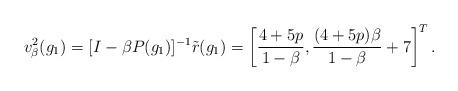
LaTeX: \begin{align*} v_\beta^2(g_1)=[I-\beta P(g_1)]^{-1}\tilde{r}(g_1)= \left[\frac{4+5p}{1-\beta},\frac{(4+5p)\beta}{1-\beta}+7\right]^T.\end{align*}